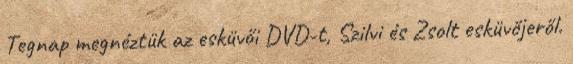
Tegnap megnéztük az esküvői DVD-t, Szilvi és Zsolt esküvőjeről.